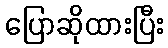
ပြောဆိုထားပြီး